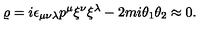
\varrho = i \epsilon _ { \mu \nu \lambda } p ^ { \mu } \xi ^ { \nu } \xi ^ { \lambda } - 2 m i \theta _ { 1 } \theta _ { 2 } \approx 0 .